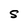
Character: S